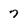
Character: 7